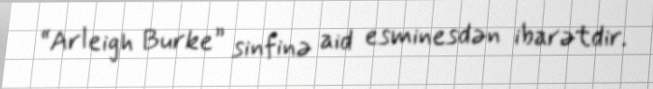
“Arleigh Burke” sinfinə aid esminesdən ibarətdir.